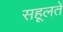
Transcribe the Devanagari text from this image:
सहूलतें